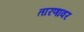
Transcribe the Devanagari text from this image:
तारणावर